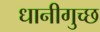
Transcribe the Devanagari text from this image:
धानीगुच्छ